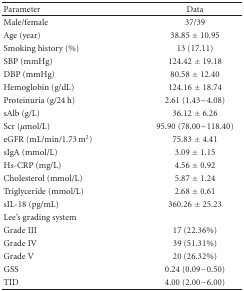
| Parameter | Data |
 | --- | --- |
 | Male/female | 37/39 |
 | Age (year) | 38.85 ± 10.95 |
 | Smoking history (%) | 13 (17.11) |
 | SBP (mmHg) | 124.42 ± 19.18 |
 | DBP (mmHg) | 80.58 ± 12.40 |
 | Hemoglobin (g/dL) | 124.16 ± 18.74 |
 | Proteinuria (g/24 h) | 2.61 (1.43~4.08) |
 | sAlb (g/L) | 36.12 ± 6.26 |
 | Scr (μmol/L) | 95.90 (78.00~118.40) |
 | eGFR (mL/min/1.73 m2) | 75.83 ± 4.41 |
 | sIgA (mmol/L) | 3.09 ± 1.15 |
 | Hs-CRP (mg/L) | 4.56 ± 0.92 |
 | Cholesterol (mmol/L) | 5.87 ± 1.24 |
 | Triglyceride (mmol/L) | 2.68 ± 0.61 |
 | sIL-18 (pg/mL) | 360.26 ± 25.23 |
 | Lee's grading system |  |
 | Grade III | 17 (22.36%) |
 | Grade IV | 39 (51.31%) |
 | Grade V | 20 (26.32%) |
 | GSS | 0.24 (0.09−0.50) |
 | TID | 4.00 (2.00−6.00) |